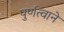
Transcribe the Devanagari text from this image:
पुर्णत्वाने